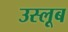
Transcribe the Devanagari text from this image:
उस्लूब